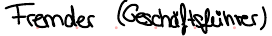
Fremder (Geschäftsführer)